Lunatic asylums Punjab 1881-1894 - 1881-1894
Year: 1881
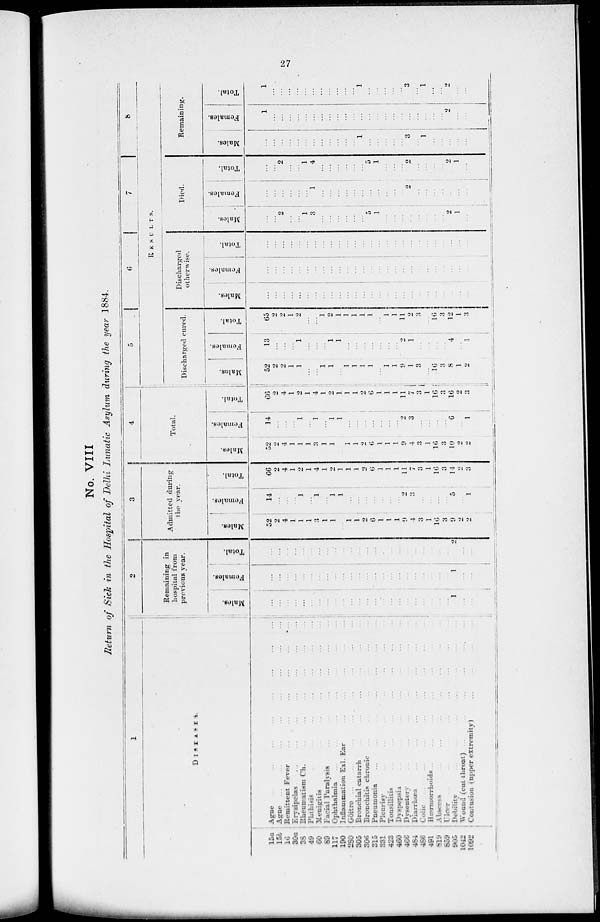
27
No. VIII
Return of Sick in the Hospital of Delhi Lunatic Asylum during the year 1884.
1
DISEASES.
15a
15b
16
30a
36
49
60
89
117
190
280
305
306
315
331
423
460
466
484
486
491
619
659
905
1042
1092
Ague
...
...
...
...
...
...
...
...
Ague
...
...
...
...
...
...
...
...
Remittent Fever
...
...
...
...
...
...
Erysipelas
...
...
...
...
...
...
...
Rheumatism Ch.
...
...
...
...
...
...
Phthisis
...
...
...
...
...
...
...
Menigitis
...
...
...
...
...
...
Facial Paralysis
...
...
...
...
...
...
Ophthalmia ... ... ... ... ... ... ...
Inflammation Exl.Ear ... ... ... ... ...
Gôitre
...
...
...
...
...
...
...
...
Bronchial catarrh
...
...
...
...
...
...
Bronchitis chronic ... ... ... ... ...
Pneumonia
...
...
...
...
...
...
...
Pleurisy
...
...
...
...
...
...
...
Tonsillitis
...
...
...
...
...
...
...
Dyspepsia ... ... ... ... ... ... ...
Dysentery
...
...
...
...
...
...
...
Diarrhœa ... ... ... ... ... ... ...
Colic ... ... ... ... ...
Hærmorrhoids ...
...
...
...
...
...
Abscess ... ... ... ... ... ... ...
Ulcer ... ... ... ... ... ...
Debility
...
...
...
...
...
...
...
Wound (cut throat) ... ... ... ... ... ... ...
Contusion (upper extremity)
...
...
...
...
...
2
Remaining in
hospital from
previous year.
Males.
...
...
...
...
...
...
...
...
...
...
...
...
...
...
...
...
...
...
...
...
...
...
...
1
...
...
Females.
...
...
...
...
...
...
...
...
...
...
...
...
...
...
...
...
...
...
...
...
...
...
...
1
...
...
Total.
...
...
...
...
...
...
...
...
...
...
...
...
...
...
....
...
...
...
...
...
...
...
...
2
...
...
3
Admitted during
the year.
Males.
52
2
4
1
1
1
3
1
1
...
1
1
2
6
1
1
1
9
4
3
1
16
3
9
2
2
Females.
14
...
...
...
1
...
1
...
1
1
...
...
...
...
...
...
...
2
3
...
...
...
...
5
...
1
Total.
66
2
4
1
2
1
4
1
2
1
1
1
2
6
1
1
1
11
7
3
1
16
3
14
2
3
4
Total.
Males.
52
2
4
1
1
1
3
1
1
...
1
1
2
6
1
1
1
9
4
3
1
16
3
10
2
2
Females.
14
...
...
...
1
...
1
...
1
1
...
...
...
...
...
...
...
2
3
...
...
...
...
6
...
1
Total.
66
2
4
1
2
1
4
1
2
1
1
1
2
6
1
1
1
11
7
3
1
16
3
16
2
3
5
6
7
8
RESULTS.
Discharged cured.
Males.
52
2
2
1
1
...
...
1
1
...
1
1
1
1
...
1
1
9
1
3
...
16
3
8
1
2
Females.
13
...
...
...
1
...
...
...
1
1
...
...
...
...
...
...
...
2
1
...
...
...
...
4
...
1
Total.
65
2
2
1
2
...
...
1
2
1
1
1
1
1
...
1
1
11
2
3
...
16
3
12
1
3
Discharged
otherwise.
Males.
...
...
...
...
...
...
...
...
...
...
...
...
...
...
...
...
...
...
...
...
...
...
...
...
....
...
Females.
...
...
...
...
...
...
...
...
...
...
...
...
...
...
...
...
...
...
...
...
...
...
...
...
...
...
Total.
...
...
...
...
...
...
...
...
...
...
...
...
...
...
...
...
...
...
...
...
...
...
...
...
...
...
Died.
Males.
...
...
2
...
...
1
3
...
...
...
...
...
...
5
1
...
...
...
...
...
...
...
...
2
1
...
Females.
...
...
...
...
...
...
1
...
...
...
...
...
...
...
...
...
...
...
2
...
...
...
...
...
...
...
Total.
...
...
2
...
...
1
4
...
...
...
...
...
...
5
1
...
...
...
2
...
...
...
...
2
1
...
Remaining.
Males.
...
...
...
...
...
...
...
...
...
...
...
...
1
...
...
...
...
...
3
...
1
...
...
...
...
...
Females.
1
...
...
...
...
...
...
...
...
...
...
...
...
...
...
...
...
...
...
...
...
...
...
2
...
...
Total.
1
...
...
...
...
...
...
...
...
...
...
...
1
...
...
...
...
...
3
...
1
...
...
2
...
...